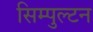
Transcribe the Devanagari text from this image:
सिम्पुल्टन